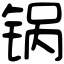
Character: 锅